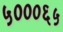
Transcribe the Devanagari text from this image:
५०००६५